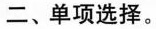
二、单项选择。